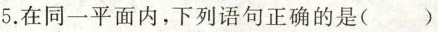
5.在同一平面内，下列语句正确的是（）